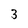
Character: 3